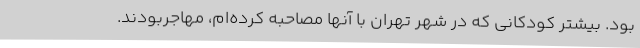
بود. بیشتر کودکانی که در شهر تهران با آنها مصاحبه کرده‌ام، مهاجربودند.